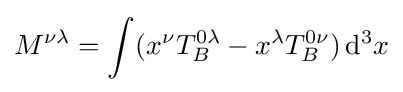
M^{\nu \lambda }=\int (x^{\nu }T_{B}^{0\lambda }-x^{\lambda }T_{B}^{0\nu })\,\mathrm {d} ^{3}x